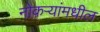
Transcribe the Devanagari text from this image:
नोकऱ्यांमधील